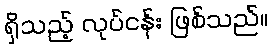
ရှိသည့် လုပ်ငန်း ဖြစ်သည်။